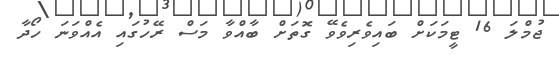
ޖުމްލަ 16 ޓީމަކަށް ބައިވެރިވެވޭ ގޮތަށް ބާއްވާ މަސް ރޭހުގައި އެއްވަނަ ހޯދާ